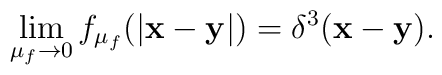
\lim_{\mu_{f}\to 0}f_{\mu_{f}}(|{\bf x-y}|)=\delta^{3}({\bf x-y}).